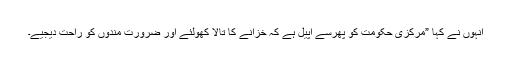
انہوں نے کہا ”مرکزی حکومت کو پھرسے اپیل ہے کہ خزانے کا تالا کھولئے اور ضرورت مندوں کو راحت دیجیے۔